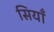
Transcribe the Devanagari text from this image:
सियाँ